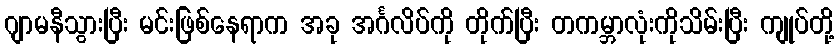
ဂျာမနီသွားပြီး မင်းဖြစ်နေရာက အခု အင်္ဂလိပ်ကို တိုက်ပြီး တကမ္ဘာလုံးကိုသိမ်းပြီး ကျုပ်တို့